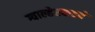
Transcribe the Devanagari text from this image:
ग्वाल्हेरकडचे